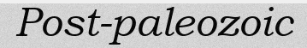
Post-paleozoic